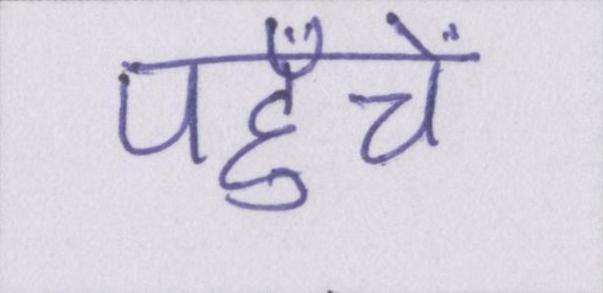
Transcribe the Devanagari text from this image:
पहुँचें